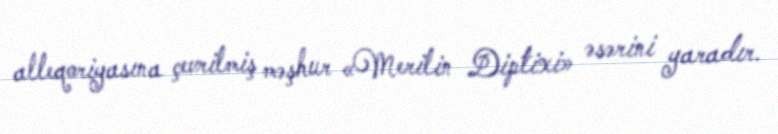
alleqoriyasına çevrilmiş məşhur «Merilin Diptixi» əsərini yaradır.